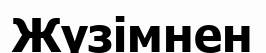
Жүзімнен